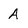
Character: A